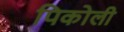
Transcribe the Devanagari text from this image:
पिकोली